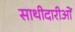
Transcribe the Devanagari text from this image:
साथीदारीओं